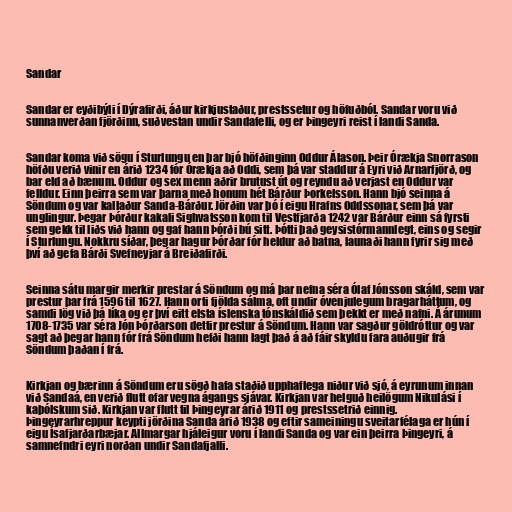
Sandar

Sandar er eyðibýli í Dýrafirði, áður kirkjustaður, prestssetur og höfuðból. Sandar voru við
sunnanverðan fjörðinn, suðvestan undir Sandafelli, og er Þingeyri reist í landi Sanda.

Sandar koma við sögu í Sturlungu en þar bjó höfðinginn Oddur Álason. Þeir Órækja Snorrason
höfðu verið vinir en árið 1234 fór Órækja að Oddi, sem þá var staddur á Eyri við Arnarfjörð, og
bar eld að bænum. Oddur og sex menn aðrir brutust út og reyndu að verjast en Oddur var
felldur. Einn þeirra sem var þarna með honum hét Bárður Þorkelsson. Hann bjó seinna á
Söndum og var kallaður Sanda-Bárður. Jörðin var þó í eigu Hrafns Oddssonar, sem þá var
unglingur. Þegar Þórður kakali Sighvatsson kom til Vestfjarða 1242 var Bárður einn sá fyrsti
sem gekk til liðs við hann og gaf hann Þórði bú sitt. Þótti það geysistórmannlegt, eins og segir
í Sturlungu. Nokkru síðar, þegar hagur Þórðar fór heldur að batna, launaði hann fyrir sig með
því að gefa Bárði Svefneyjar á Breiðafirði.

Seinna sátu margir merkir prestar á Söndum og má þar nefna séra Ólaf Jónsson skáld, sem var
prestur þar frá 1596 til 1627. Hann orti fjölda sálma, oft undir óvenjulegum bragarháttum, og
samdi lög við þá líka og er því eitt elsta íslenska tónskáldið sem þekkt er með nafni. Á árunum
1708-1735 var séra Jón Þórðarson dettir prestur á Söndum. Hann var sagður göldróttur og var
sagt að þegar hann fór frá Söndum hefði hann lagt það á að fáir skyldu fara auðugir frá
Söndum þaðan í frá.

Kirkjan og bærinn á Söndum eru sögð hafa staðið upphaflega niður við sjó, á eyrunum innan
við Sandaá, en verið flutt ofar vegna ágangs sjávar. Kirkjan var helguð heilögum Nikulási í
kaþólskum sið. Kirkjan var flutt til Þingeyrar árið 1911 og prestssetrið einnig.
Þingeyrarhreppur keypti jörðina Sanda árið 1938 og eftir sameiningu sveitarfélaga er hún í
eigu Ísafjarðarbæjar. Allmargar hjáleigur voru í landi Sanda og var ein þeirra Þingeyri, á
samnefndri eyri norðan undir Sandafjalli.